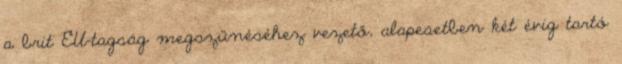
a brit EU-tagság megszűnéséhez vezető, alapesetben két évig tartó